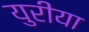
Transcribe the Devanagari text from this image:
युरीया